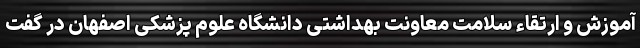
آموزش و ارتقاء سلامت معاونت بهداشتی دانشگاه علوم پزشکی اصفهان در گفت